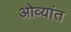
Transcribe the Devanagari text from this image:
ओव्यांत